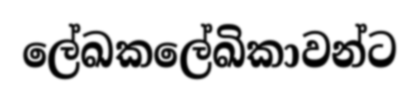
ලේඛකලේඛිකාවන්ට